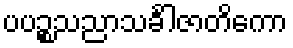
ပပဉ္စသညာသင်္ခါဇာတိကော